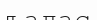
ъалас